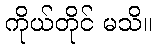
ကိုယ်တိုင် မသိ။